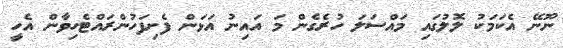
ނޫނޭ އެކަމަކު ލޮލުގައި މައްސަލަ ހުރެގެން މަ އައިނު އަޅަން ފެށިފަހުންރައްޓެހިވާން އެހީ